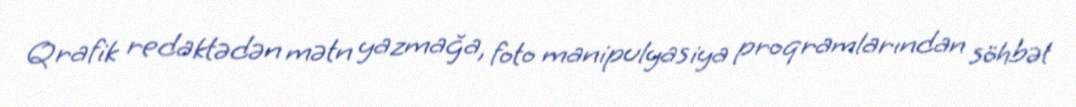
Qrafik redaktədən mətn yazmağa, foto manipulyasiya proqramlarından söhbət